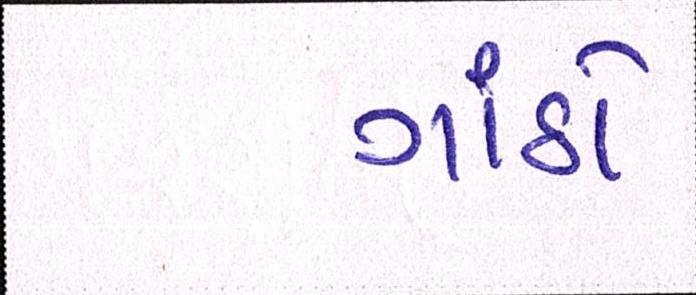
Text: ગાંઠો